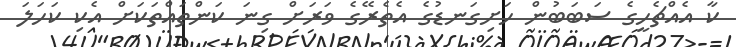
ކާ އެއްޗެހީގެ ސަބަބުން ހަށިގަނޑުގެ އެތެރޭގެ ވަރަށް ގިނަ ކަންތައްތަކަށް އެކި ކަހަލަ